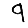
Digit: 9